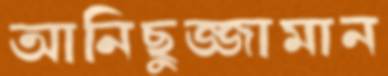
আনিছুজ্জামান